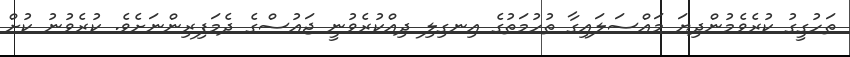
ތަހުގީގު ކުރެވެމުންދިޔަ މައްސަލައިގާ ތުހުމަތުގެ އިނގިލި ދިއްކުރެވުނީ ޖައުސްގެ ދެމަފިރިންނަށެވެ. ކުރެވުނު ކުށް